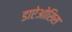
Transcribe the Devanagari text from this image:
डाऐओसिस